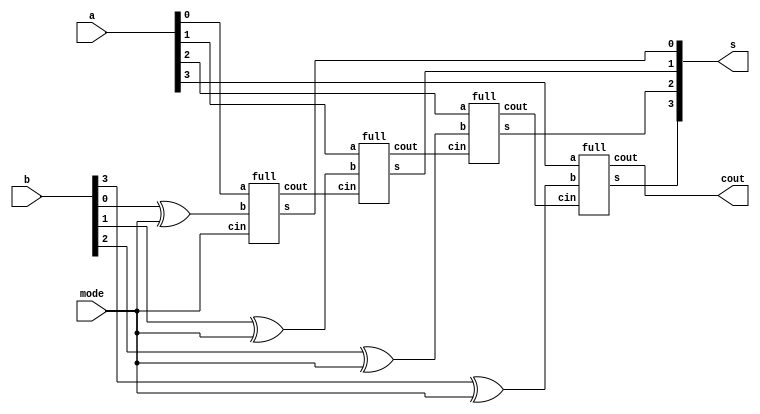
module adder_subtractor(s, cout, a, b, mode);
	input [3:0]a, b;
	input mode;
	output [3:0]s;
	output cout;
	wire c0, c1,c2;
	full fa1(s[0], c0, a[0], (b[0]^mode), mode);
	full fa2(s[1], c1, a[1], (b[1]^mode), c0);
	full fa3(s[2], c2, a[2], (b[2]^mode), c1);
	full fa4(s[3], cout, a[3], (b[3]^mode), c2);
endmodule


module full(s, cout, a, b, cin);
	input a, b, cin;
	output s, cout;
	wire p, q, r;
	half ha1(p, q, a, b);
	half ha2(s, r, p, cin);
	or(cout, q, r);
endmodule
module half(s, cout, a, b);
	input a, b;
	output s, cout;
	xor(s, a, b);
	and(cout, a, b);
endmodule